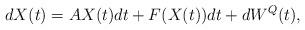
LaTeX: \begin{align*}dX(t)=AX(t)dt+F(X(t))dt+dW^Q(t),\end{align*}